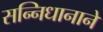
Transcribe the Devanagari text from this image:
सन्निधानाने